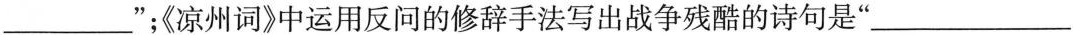
___”；《凉州词》中运用反问的修辞手法写出战争残酷的诗句是”___